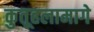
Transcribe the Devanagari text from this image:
कुतूहलामागे